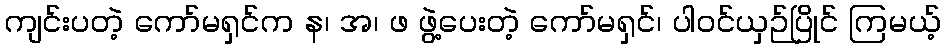
ကျင်းပတဲ့ ကော်မရှင်က န၊ အ၊ ဖ ဖွဲ့ပေးတဲ့ ကော်မရှင်၊ ပါဝင်ယှဉ်ပြိုင် ကြမယ့်